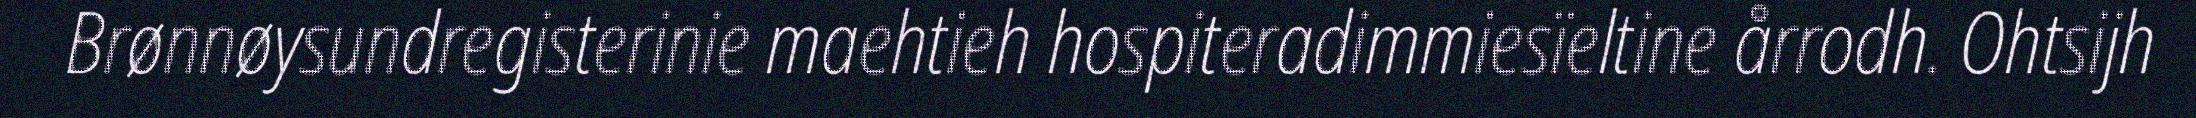
Brønnøysundregisterinie maehtieh hospiteradimmiesïeltine årrodh. Ohtsijh